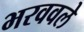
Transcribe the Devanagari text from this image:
भरववले